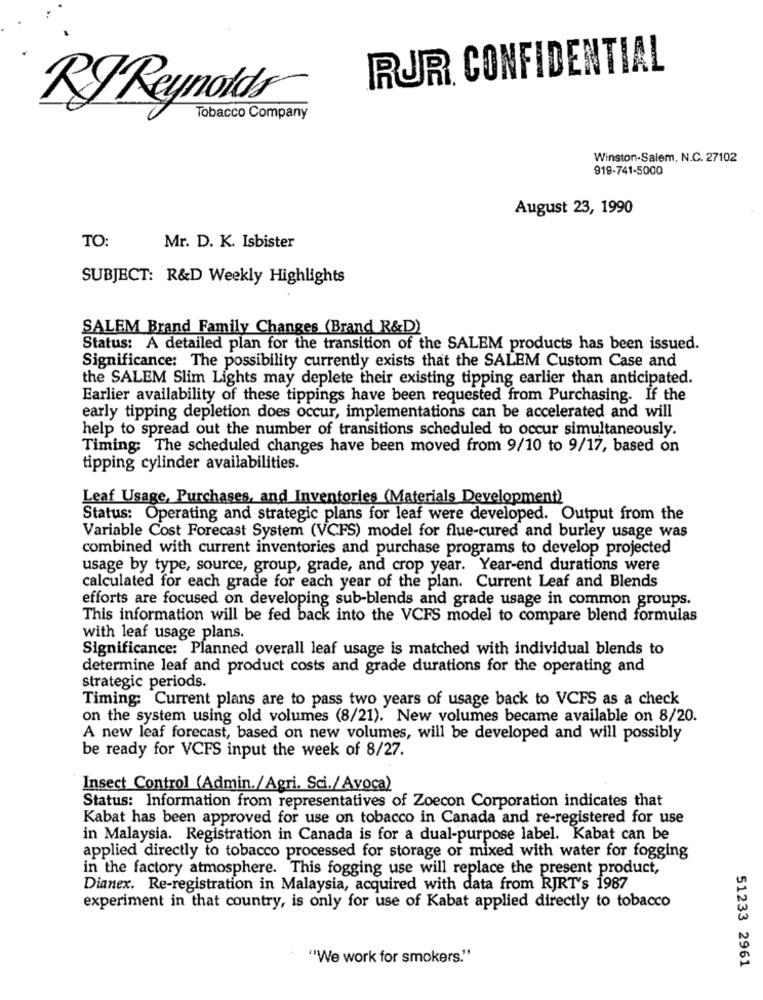
RUR CONFIDENTIAL
RJ Reynolds
Tobacco Company
Winston-Salem, N.C. 27102
919-741-5000
August 23, 1990
TO:
Mr. D. K. Isbister
SUBJECT: R&D Weekly Highlights
SALEM Brand Family Changes (Brand R&D)
Status: A detailed plan for the transition of the SALEM products has been issued.
Significance: The possibility currently exists that the SALEM Custom Case and
the SALEM Slim Lights may deplete their existing tipping earlier than anticipated.
Earlier availability of these tippings have been requested from Purchasing. If the
early tipping depletion does occur, implementations can be accelerated and will
help to spread out the number of transitions scheduled to occur simultaneously.
Timing: The scheduled changes have been moved from 9/10 to 9/17, based on
tipping cylinder availabilities.
Leaf Usage, Purchases, and Inventories (Materials Development)
Status: Operating and strategic plans for leaf were developed. Output from the
Variable Cost Forecast System (VCFS) model for flue-cured and burley usage was
combined with current inventories and purchase programs to develop projected
usage by type, source, group, grade, and crop year. Year-end durations were
calculated for each grade for each year of the plan. Current Leaf and Blends
efforts are focused on developing sub-blends and grade usage in common groups.
This information will be fed back into the VCFS model to compare blend formulas
with leaf usage plans.
Significance: Planned overall leaf usage is matched with individual blends to
determine leaf and product costs and grade durations for the operating and
strategic periods.
Timing: Current plans are to pass two years of usage back to VCFS as a check
on the system using old volumes (8/21). New volumes became available on 8/20.
A new leaf forecast, based on new volumes, will be developed and will possibly
be ready for VCFS input the week of 8/27.
Insect Control (Admin./Agri. Sci./Avoca)
Status: Information from representatives of Zoecon Corporation indicates that
Kabat has been approved for use on tobacco in Canada and re-registered for use
in Malaysia. Registration in Canada is for a dual-purpose label. Kabat can be
applied directly to tobacco processed for storage or mixed with water for fogging
in the factory atmosphere. This fogging use will replace the present product,
Dianex. Re-registration in Malaysia, acquired with data from RJRT's 1987
experiment in that country, is only for use of Kabat applied directly to tobacco
"We work for smokers."
51233 2961